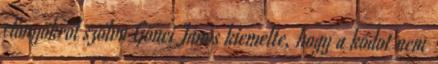
előnyökről szólva Gönci János kiemelte, hogy a kódot nem